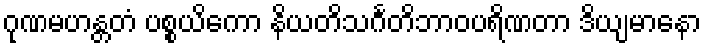
ဂုဏမဟန္တတံ ပစ္စယိကော နိယတိသင်္ဂတိဘာဝပရိဏတာ ဒိယျမာနော